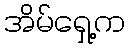
အိမ်ရှေ့က